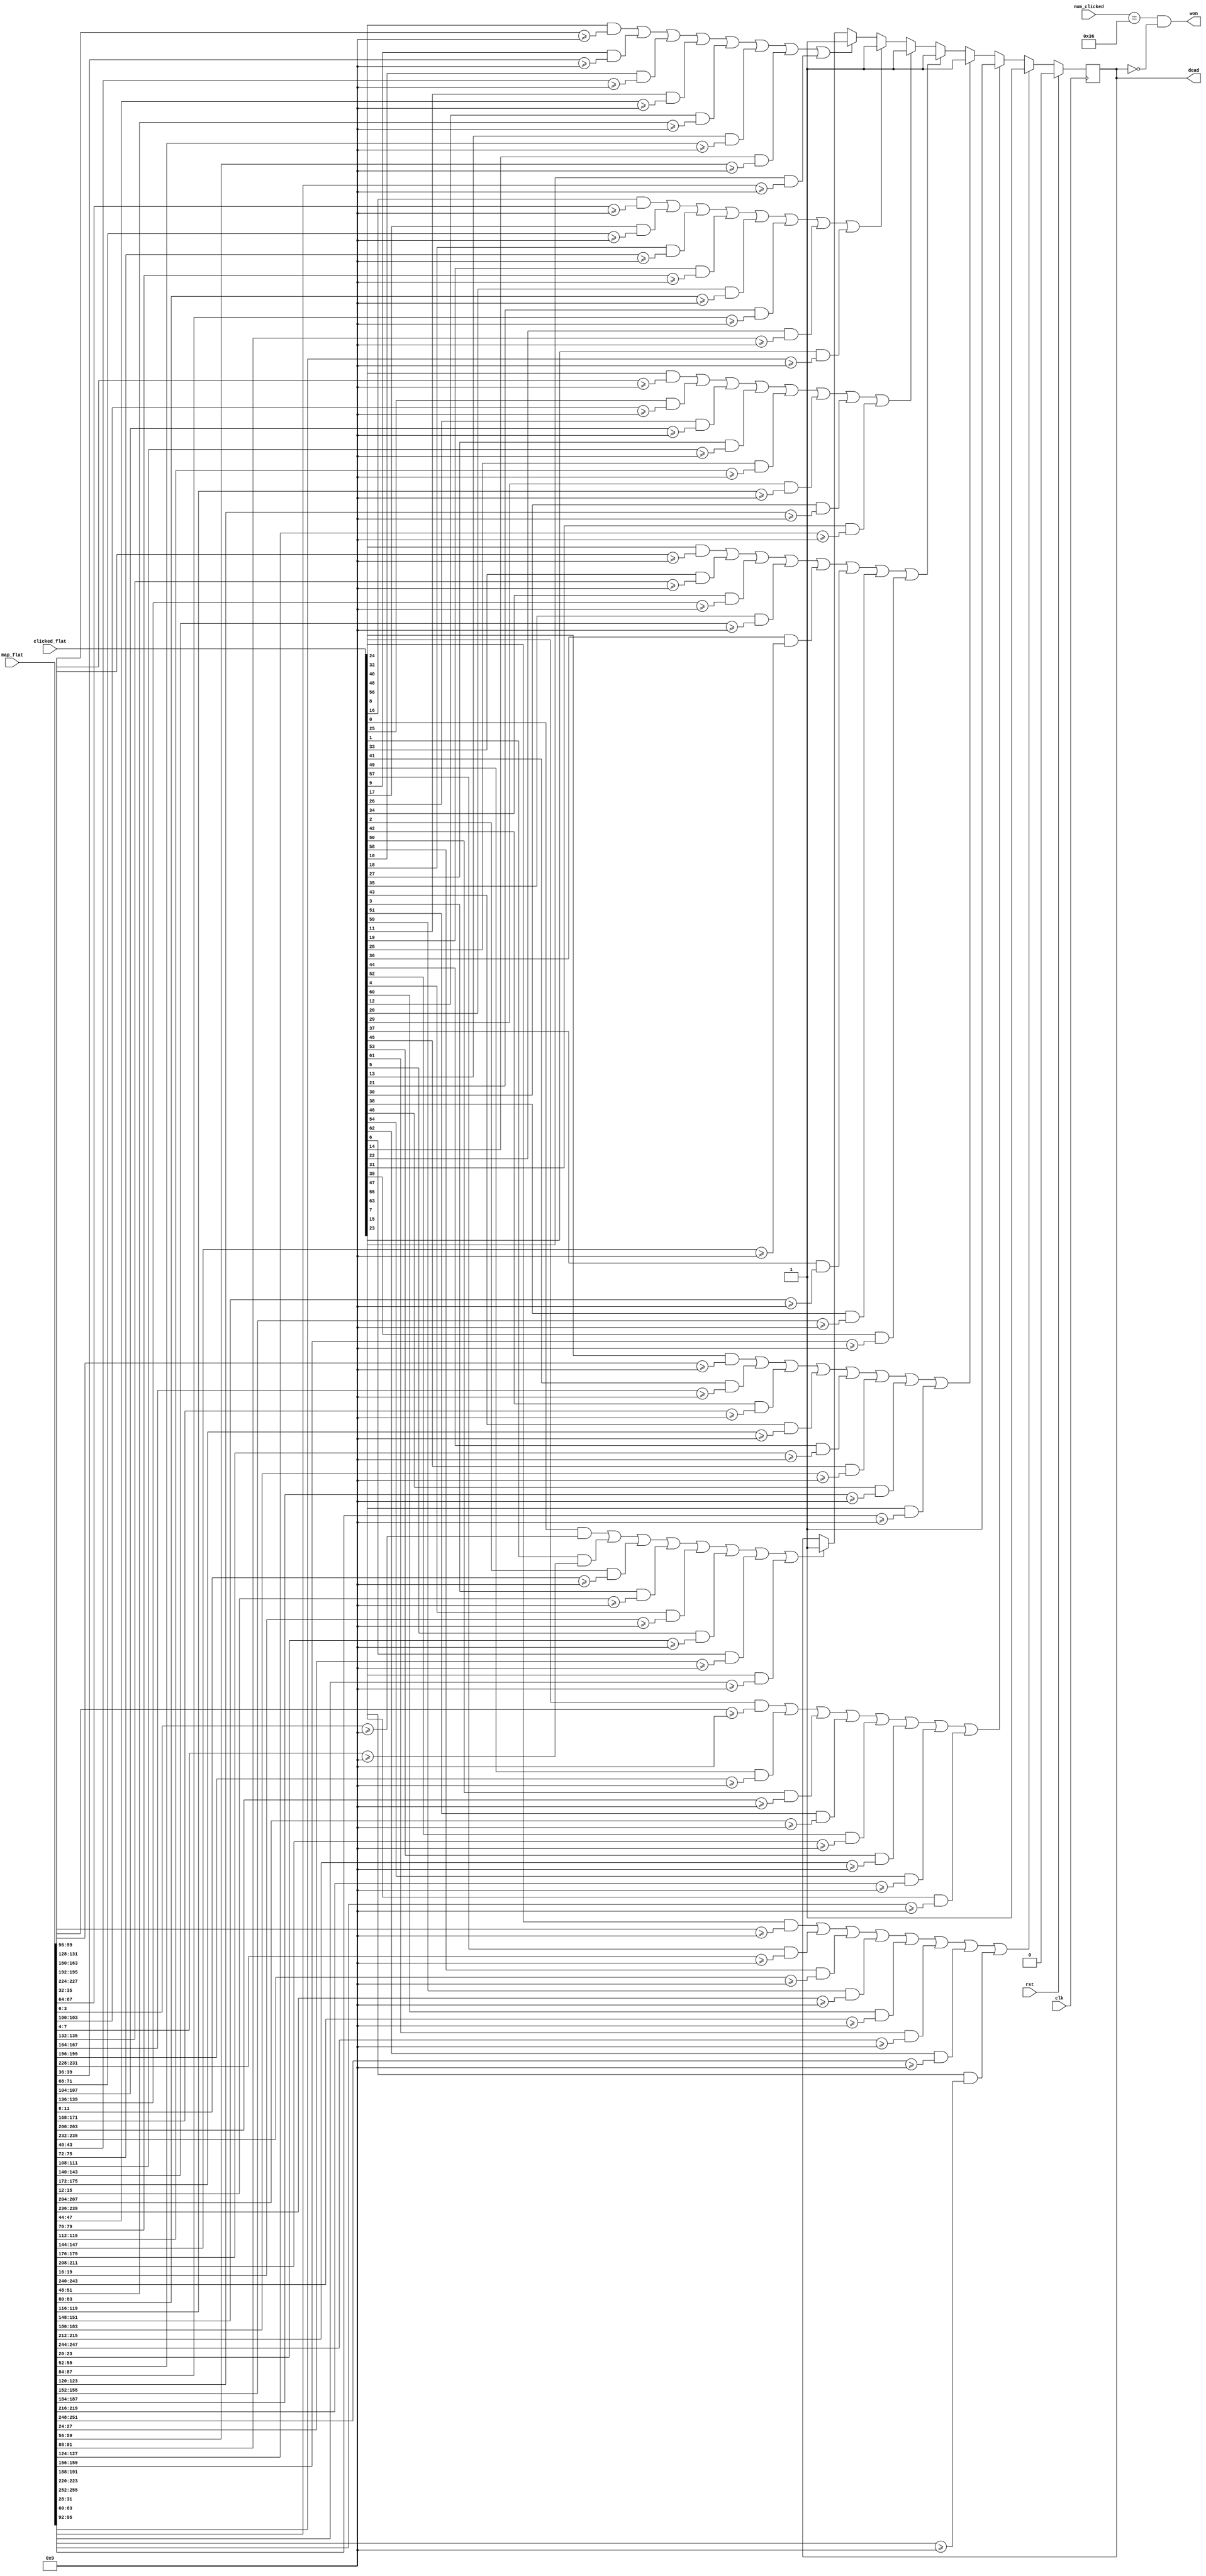
`timescale 1ns / 1ps
//////////////////////////////////////////////////////////////////////////////////
// Company: 
// Engineer: 
// 
// Design Name: 
// Module Name:    game_state 
// Project Name: 
// Target Devices: 
// Tool versions: 
// Description: 
//
// Dependencies: 
//
// Revision: 
// Revision 0.01 - File Created
// Additional Comments: 
//
//////////////////////////////////////////////////////////////////////////////////
module game_state(
	// INPUT
	clk, rst,
	map_flat, clicked_flat,
	num_clicked,
	// OUTPUT
	dead, won
   );
	
	input clk;
	input rst;
	input [255:0] map_flat;
	input [63:0] clicked_flat;
	input [5:0] num_clicked;
	
	output dead;
	output won;

	// Each square holds a 4-bit value: 0-8 for the number of mines surrounding it.
	wire [3:0] map [0:7][0:7];
	// Each square tells you which ones are clicked.
	wire [7:0] clicked [0:7];
	
	assign {map[7][7],map[7][6],map[7][5],map[7][4],map[7][3],map[7][2],map[7][1],map[7][0],
				map[6][7],map[6][6],map[6][5],map[6][4],map[6][3],map[6][2],map[6][1],map[6][0],
				map[5][7],map[5][6],map[5][5],map[5][4],map[5][3],map[5][2],map[5][1],map[5][0],
				map[4][7],map[4][6],map[4][5],map[4][4],map[4][3],map[4][2],map[4][1],map[4][0],
				map[3][7],map[3][6],map[3][5],map[3][4],map[3][3],map[3][2],map[3][1],map[3][0],
				map[2][7],map[2][6],map[2][5],map[2][4],map[2][3],map[2][2],map[2][1],map[2][0],
				map[1][7],map[1][6],map[1][5],map[1][4],map[1][3],map[1][2],map[1][1],map[1][0],
				map[0][7],map[0][6],map[0][5],map[0][4],map[0][3],map[0][2],map[0][1],map[0][0]} = map_flat;
				
	assign {clicked[7],clicked[6],clicked[5],clicked[4],clicked[3],clicked[2],clicked[1],clicked[0]} = clicked_flat;
	

	reg [3:0] counter; // counter for number of unclicked

	reg dead_reg = 0;
	reg won_reg = 0;
	assign dead = dead_reg;
	assign won = (num_clicked == 54) && !dead_reg; // clicked 54 squares and not dead
	
	integer i = 0;
	
	always @(posedge clk)
	begin
		if (rst == 1)
			begin
				won_reg <= 0;
				dead_reg <= 0;
			end
		else
			for ( i = 0; i < 8; i = i + 1)
				begin
					if (  ( (clicked[i][0] == 1) && (map[i][0] >= 9) ) ||
							( (clicked[i][1] == 1) && (map[i][1] >= 9) ) ||
							( (clicked[i][2] == 1) && (map[i][2] >= 9) ) ||
							( (clicked[i][3] == 1) && (map[i][3] >= 9) ) ||
							( (clicked[i][4] == 1) && (map[i][4] >= 9) ) ||
							( (clicked[i][5] == 1) && (map[i][5] >= 9) ) ||
							( (clicked[i][6] == 1) && (map[i][6] >= 9) ) ||
							( (clicked[i][7] == 1) && (map[i][7] >= 9) ) )
						begin
							dead_reg <= 1;
						end
				end
	end
	

endmodule